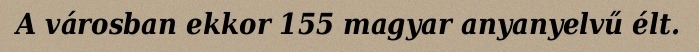
A városban ekkor 155 magyar anyanyelvű élt.